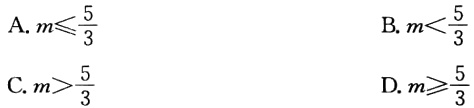
A. \(m\leqslant\frac{5}{3}\)

B. \(m<\frac{5}{3}\)

C. \(m>\frac{5}{3}\)

D. \(m\geqslant\frac{5}{3}\)